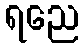
ရညေ